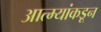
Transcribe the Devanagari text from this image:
आत्म्यांकडून